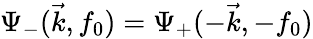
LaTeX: \Psi_{-}(\vec{k},f_{0})=\Psi_{+}(-\vec{k},-f_{0})